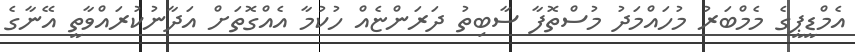
އެމްޑީޕީގެ މެމްބަރު މުހައްމަދު މުސްތޮފާ ސާބިތު ދަރަންޏެއް ހުކުމާ އެއްގޮތަށް އަދާނުކުރައްވާތީ އޭނާގެ